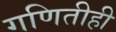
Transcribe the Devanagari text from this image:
गणितीही